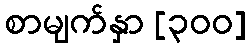
စာမျက်နှာ [၃၀၀]